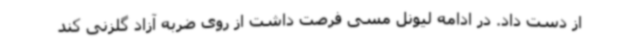
از دست داد. در ادامه لیونل مسی فرصت داشت از روی ضربه آزاد گلزنی کند